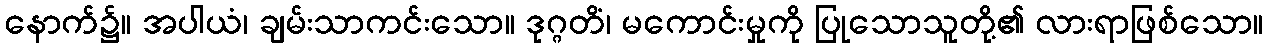
နောက်၌။ အပါယံ၊ ချမ်းသာကင်းသော။ ဒုဂ္ဂတိံ၊ မကောင်းမှုကို ပြုသောသူတို့၏ လားရာဖြစ်သော။